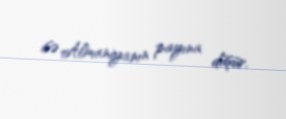
isə Almaniyanın payına düşür.